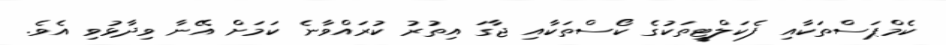
ކެމްޕަސްތަކާއި ފެކަލްޓީތަކުގެ ކޯސްތަކާއި ޖާގަ އިތުރު ކުރައްވާނެ ކަމަށް އޭނާ ވިދާޅުވި އެވެ.